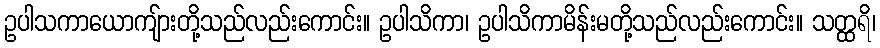
ဥပါသကာယောကျ်ားတို့သည်လည်းကောင်း။ ဥပါသိကာ၊ ဥပါသိကာမိန်းမတို့သည်လည်းကောင်း။ သတ္ထရိ၊